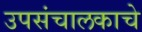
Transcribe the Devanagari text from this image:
उपसंचालकाचे